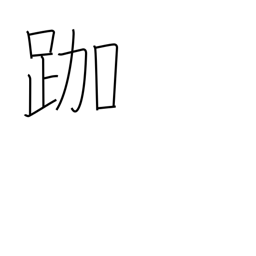
Meaning: sitting in the lotus position